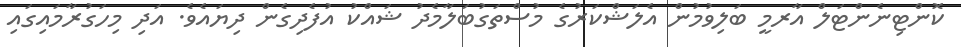
ކޮންޓިނެންޓަލް އާރމީ ބަލިވުމުން އެލަޝްކަރުގެ މުސްތަގުބަލާމެދު ޝައްކު އުފެދިގެން ދިޔައެވެ. އަދި މިހަގުރާމައިގައި